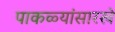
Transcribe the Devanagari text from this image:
पाकळ्यांसारखे